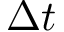
\Delta t